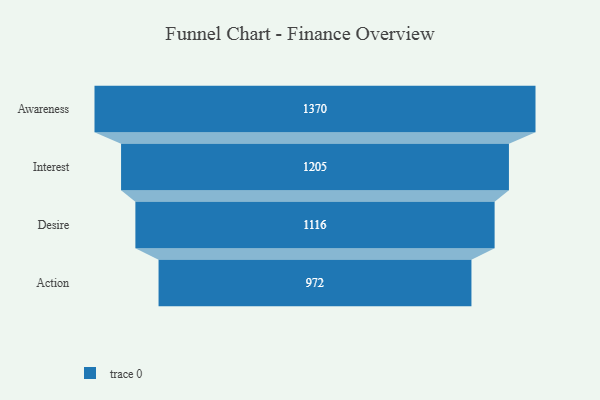
{"axis": {"x": "Stage", "y": "Value"}, "legend": [""], "data": [{"x": "Awareness", "y": 1370.0, "type": ""}, {"x": "Interest", "y": 1205.0, "type": ""}, {"x": "Desire", "y": 1116.0, "type": ""}, {"x": "Action", "y": 972.0, "type": ""}]}